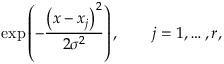
\exp \left( - \frac { \left( x - x _ { j } \right) ^ { 2 } } { 2 \sigma ^ { 2 } } \right) , \qquad j = 1 , \dots , r ,